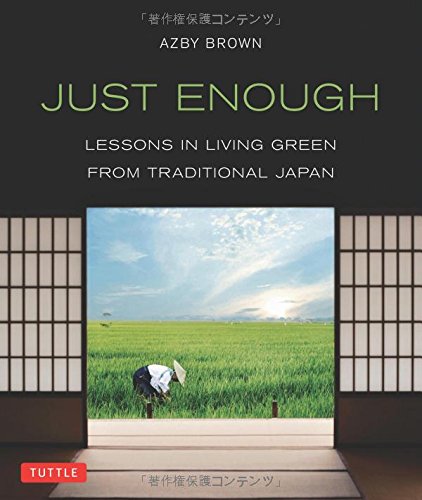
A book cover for Just Enough: Lessons in Living Green From Traditional Japan; Azby Brown; Arts & Photography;